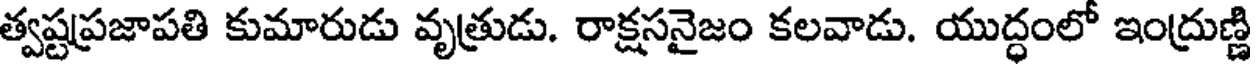
త్వష్టప్రజాపతి కుమారుడు వృత్రుడు. రాక్షసనైజం కలవాడు. యుద్ధంలో ఇంద్రుణ్ణి